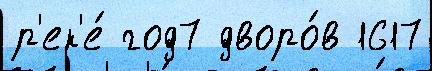
р'ек'е́ год7 дворо́в 1617